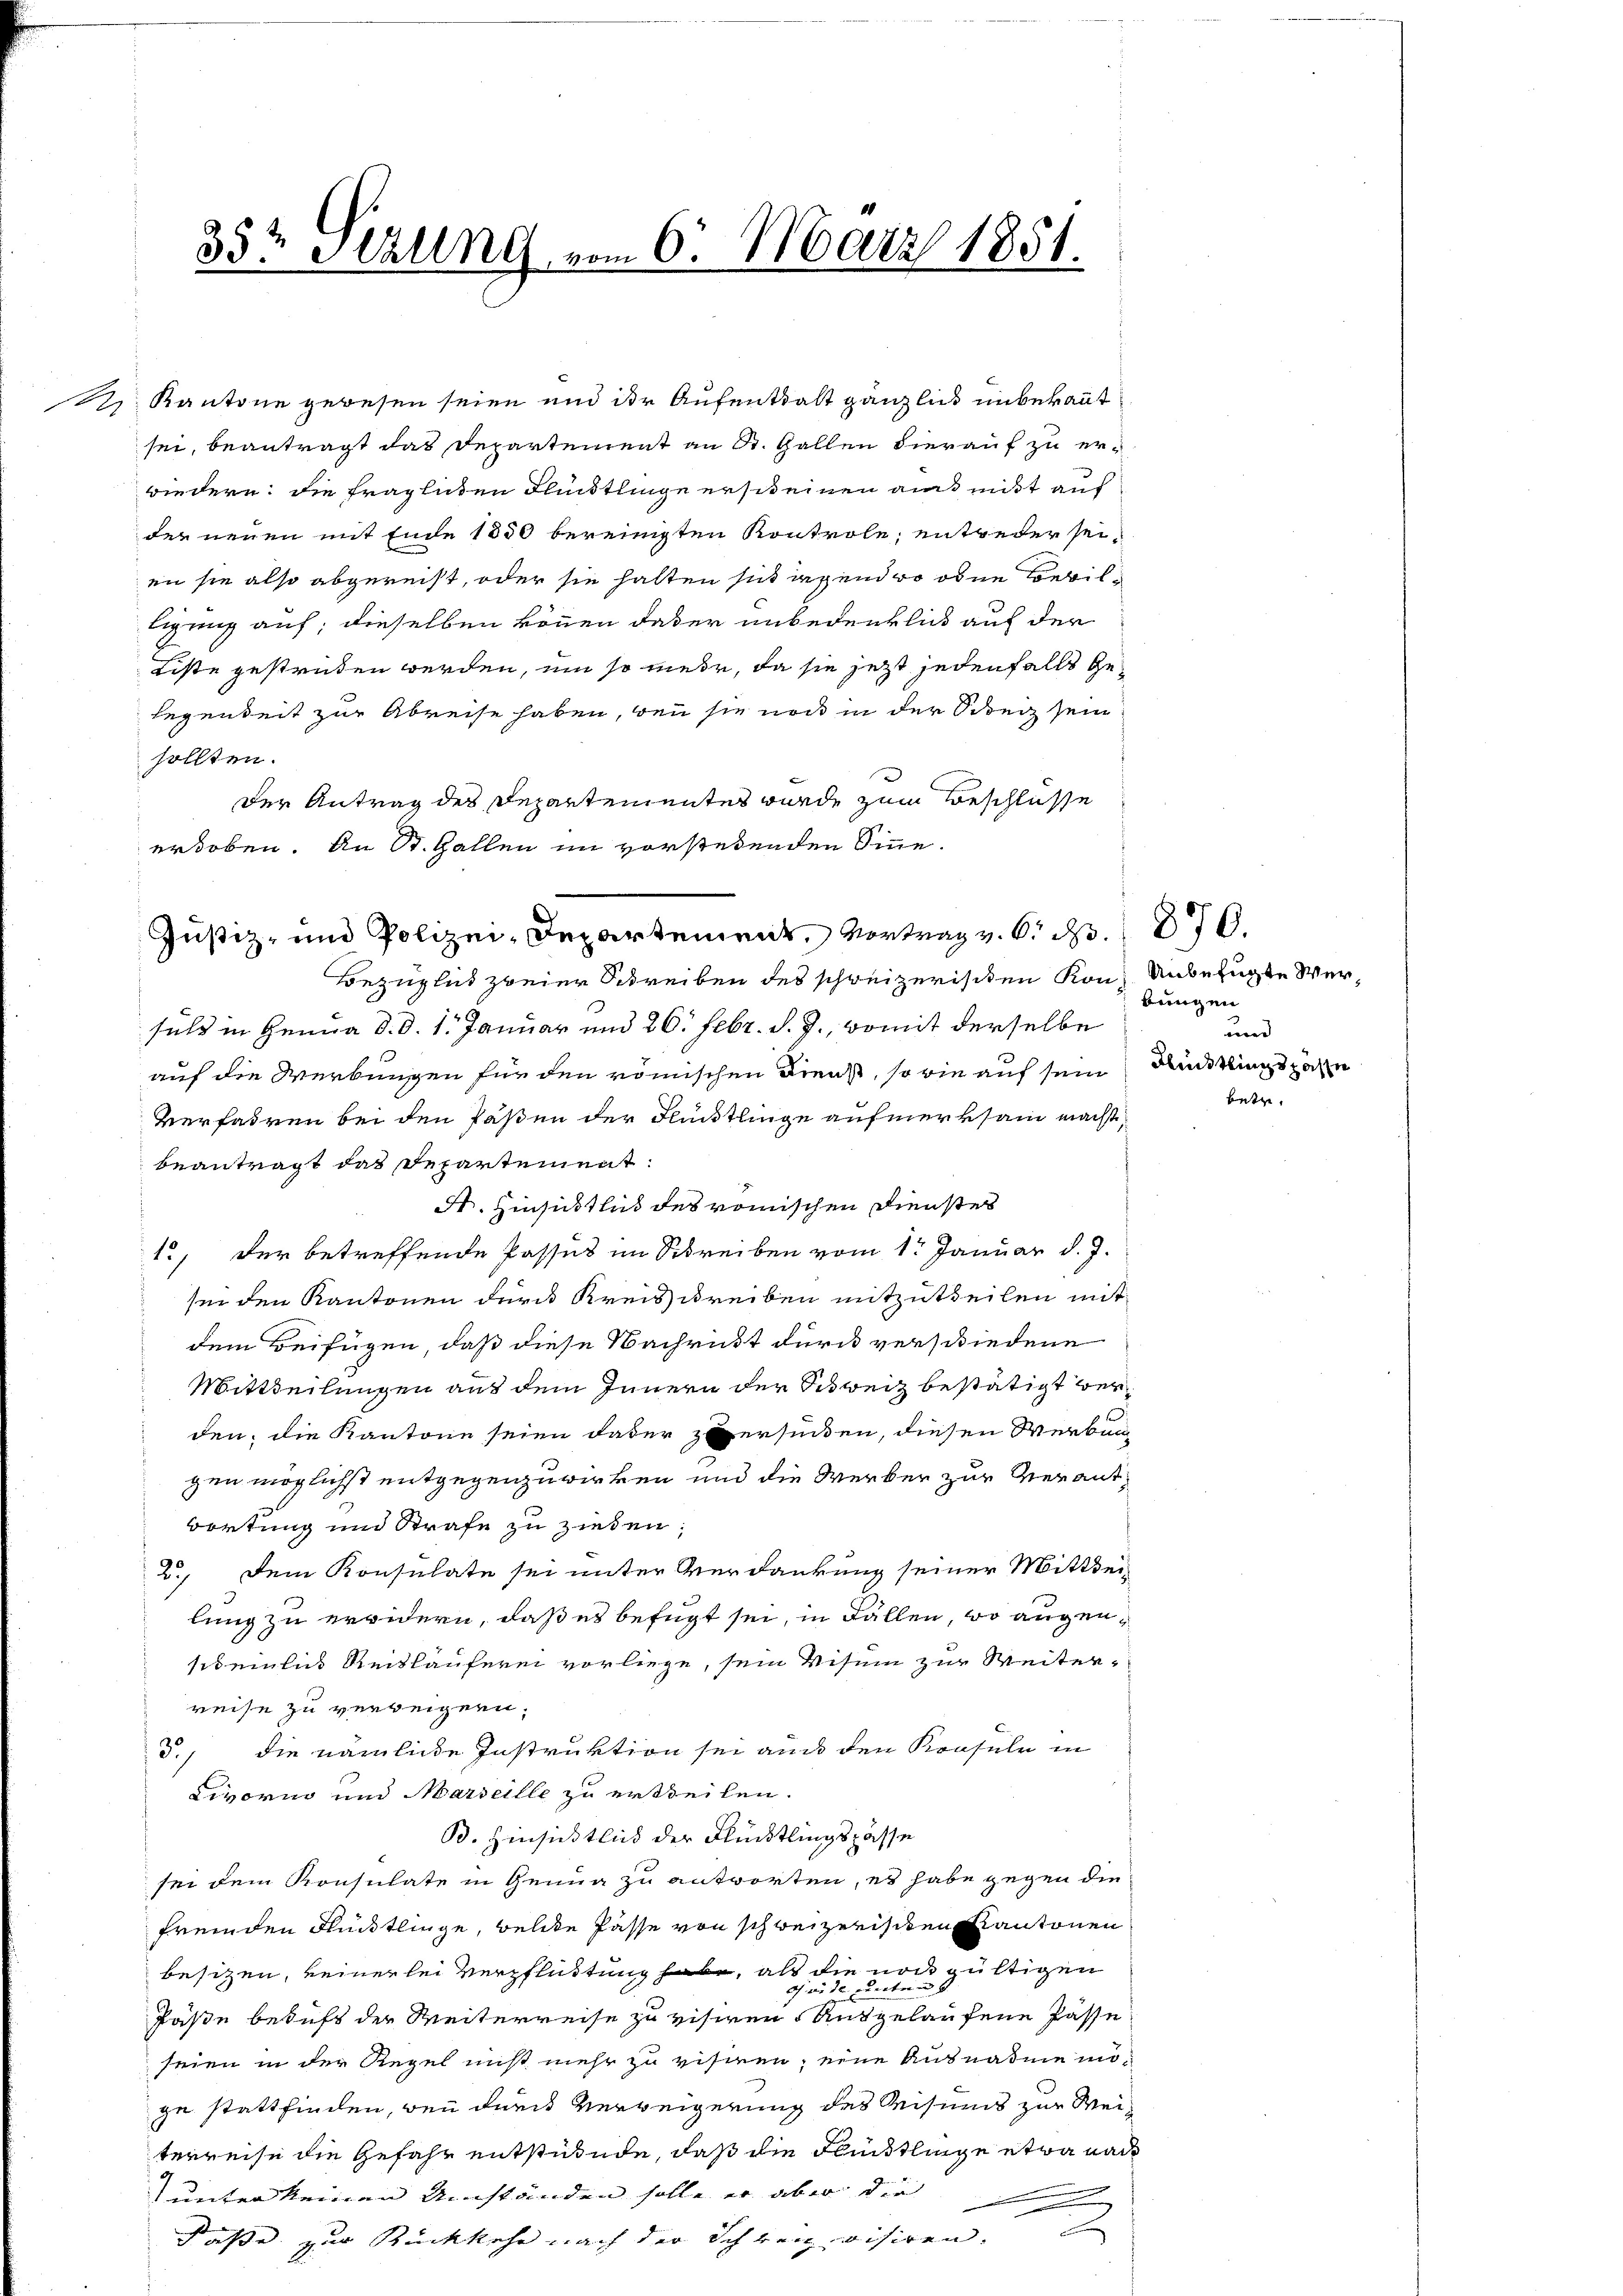
33t Sitzung vom 6. März 1851.

12 Kantone gewesen seien und der Aufenthalt gänzlich unbekant
sei, beantragt das Departement an St. Gallen hierauf zu er¬

wiedern: die fraglichen Fleistlinge erscheinen aus mit auf
der neuen mit Ende 1850 bereinigten Kontrole, entweder seien sie also abgereist, oder sie halten sich irgend wo oben Bewilligung auf; dieselben können das er unbedenklich auf der
Liste gestraten werden, um so mehr, da sie jetzt jedenfalls Ge¬
Legenheit zur Abreise haben, den sie noch in der Schreiz sein
sollten.
Der Antrag des Departementes wurde zum Beschlüsse
erhoben. An St. Gallen im vorstehenden Sinne.

Justiz- und Polizei-Departement, Vortrag v. 6. No. 876.

Bezüglich zweier Schreiben des schweizerischen Konsuls in Genua d. d. 1. Januar und 26. Febr. d. J., womit derselbe
auf die Werbungen für den römischen Dienst, so wie auf sein Ristings zahn
Verfahren bei den Paßen der Flücklinge aufmerksam nächst
beantragt das Departement:
F. Hinsichtlich des römischen Dienster
12, der betreffende Passus im Schreiben vom 1. Januar d. J.
sei den Kantonen der Kreisschreiben mitzutheilen mit
dem Beifügen, daß diese Nachricht durch verschiedene
Mittheilungen aus dem Innern der Schweiz bestätigt werden, die Kantone seien dader zuersiden, diesen Werbun
gen möglichst entgegenzuwirken und die Werker zur Verantwortung und Strafe zu ziehen;
2.) Dem Konsulate sei unter Verdankung seiner Mittheilung zu erwidern, daß es befügt sei, in Fällen, wo augenscheinlies Reitläuferei vorliege, sein Visum zur Weiterreise zu verbeigern.
5.) die nämliche Instruktion sei auch den Konsuln in
Livorno und Marseille zu ertheilen.
B. Hinsichtlich der Flüchtlingspasse
sei dem Konsulate in Genug zu antworten, es habe gegen die
fremden Flüchtlinge, welche Pässe von schweizerischen Kantonen
besitzen, keinerlei Verpflüttung habe, als die noch gültigen
tor
oh in der ode
Päste beaufs der Weiterreise zu visiren. Ausgelaufene Pässe
seien in der Regel nicht mehr zu visiren; eine Ausnahme möge stattfinden, wenn durch Verweigerung des Reisens zur Weiterreise die Gefahr entstünde, daß die Fleistlinge etwa nach
unter keinen Umständen solle er aber die
A
x
Faße zur Rückkehr nach der Schreiz visiren.

Unbefugte Werbungen
und

betze